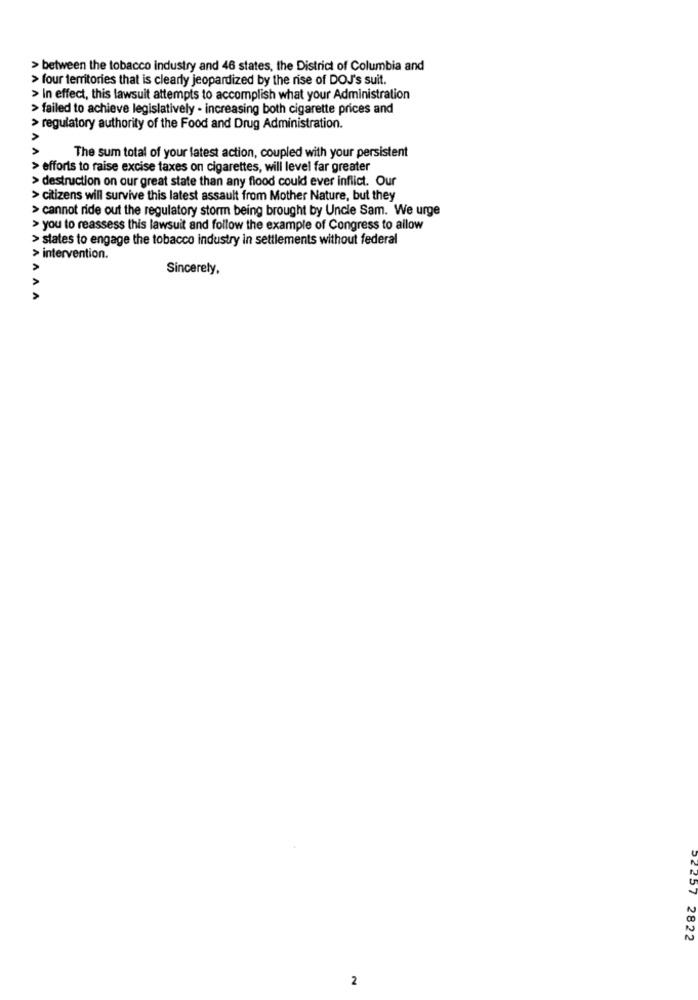
> between the tobacco industry and 46 states, the District of Columbia and
> four territories that is clearly jeopardized by the rise of DOJ's suit.
> In effect, this lawsuit attempts to accomplish what your Administration
> failed to achieve legislatively - increasing both cigarette prices and
> regulatory authority of the Food and Drug Administration.
The sum total of your latest action, coupled with your persistent
> efforts to raise excise taxes on cigarettes, will level far greater
> destruction on our great state than any flood could ever inflict. Our
> citizens will survive this latest assault from Mother Nature, but they
> cannot ride out the regulatory storm being brought by Uncle Sam. We urge
> you to reassess this lawsuit and follow the example of Congress to allow
> states to engage the tobacco industry in settlements without federal
> intervention.
Sincerely,
AA
22257 2822
2